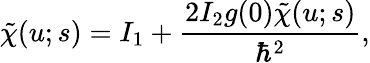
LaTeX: \tilde{\chi}(u;s)=I_{1}+\frac{2I_{2}g(0)\tilde{\chi}(u;s)}{\hbar^{2}},